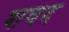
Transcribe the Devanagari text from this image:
शवद